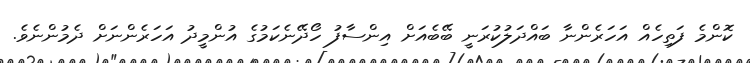
ކޮންމެ ފަތިހެއް އަހަރެންނާ ބައްދަލުކުރަނީ ބޭބެއަށް އިންސާފު ހޯދޭނެކަމުގެ އުންމީދު އަހަރެންނަށް ދެމުންނެވެ.